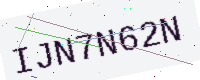
Text: IJN7N62N